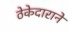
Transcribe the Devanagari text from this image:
ठेकेदाराने